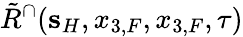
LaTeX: \tilde{R}^{\cap}({\mathbf s}_{H},x_{3,F},x_{3,F},\tau)